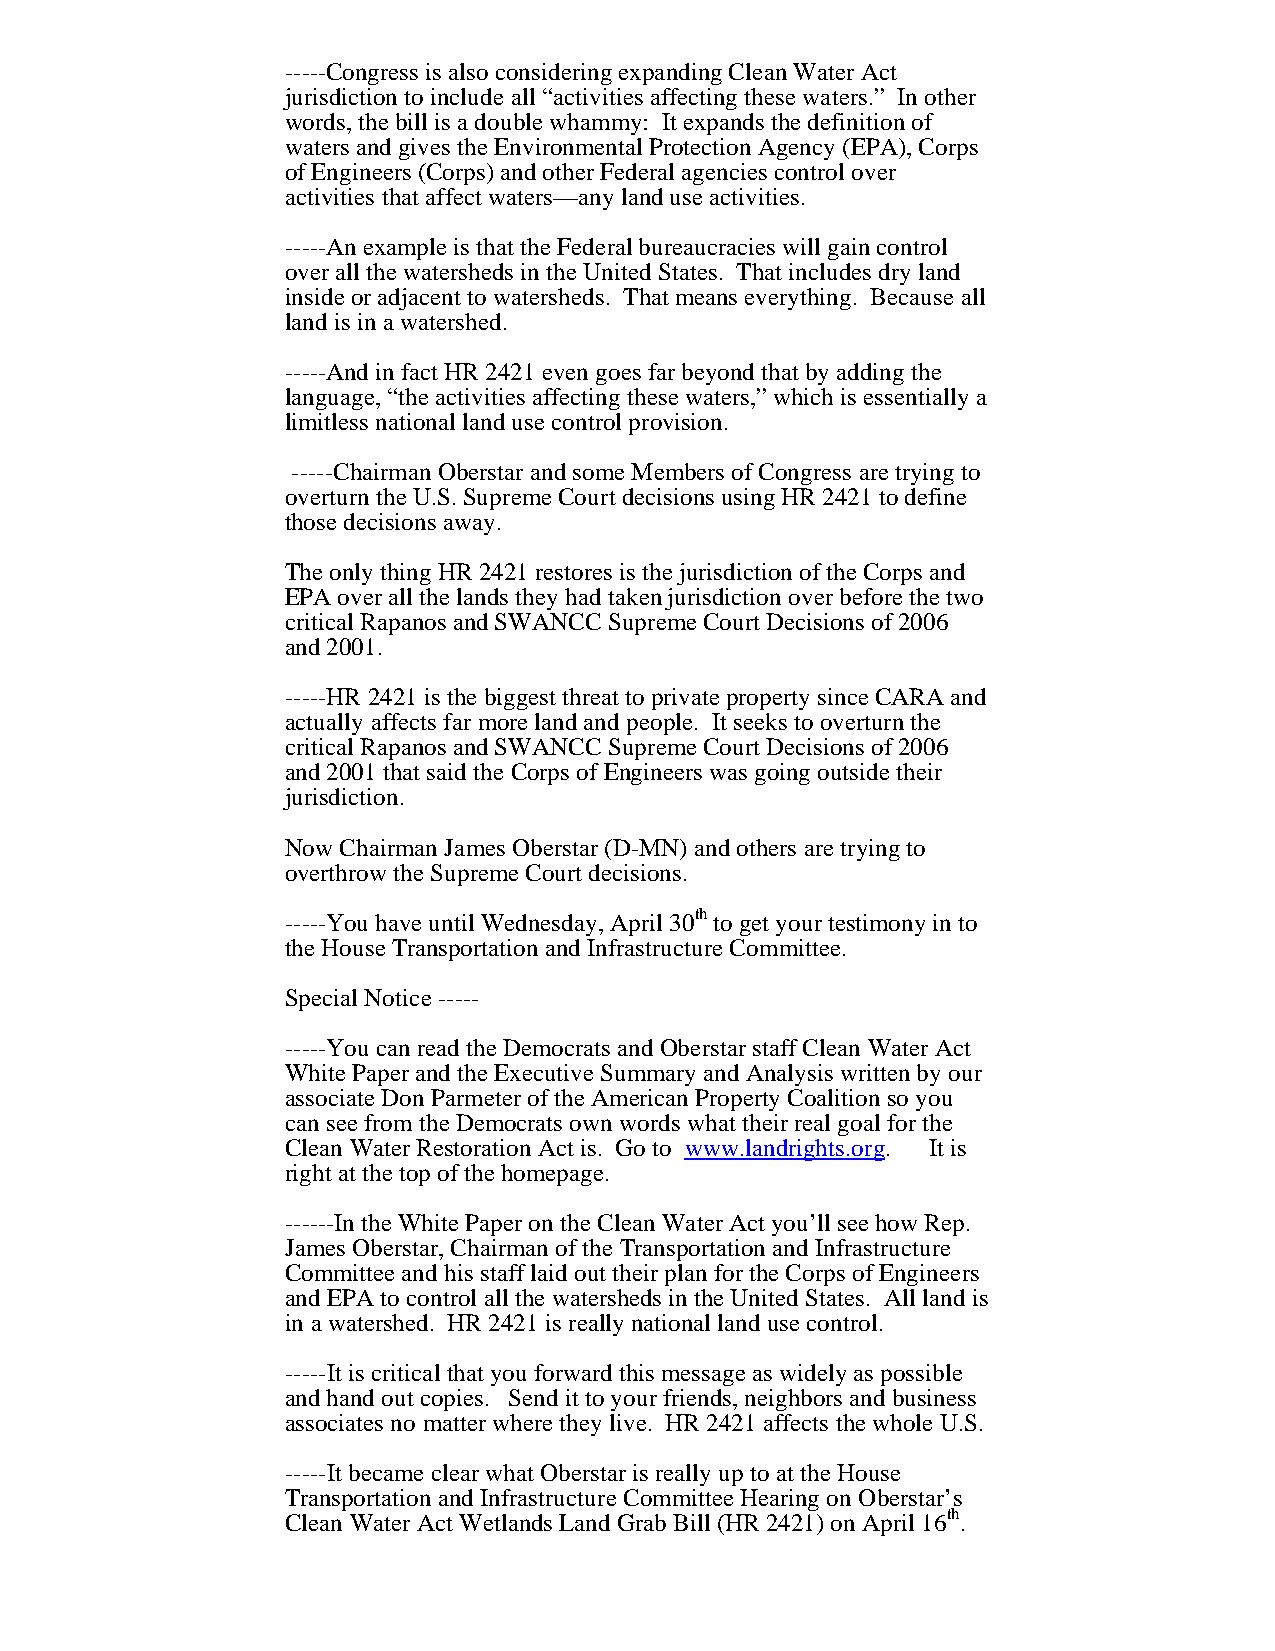
-----Congress is also considering expanding Clean Water Act
 jurisdiction to include all “activities affecting these waters.” In other
 words, the bill is a double whammy: It expands the definition of
 waters and gives the Environmental Protection Agency (EPA), Corps
 of Engineers (Corps) and other Federal agencies control over
 activities that affect waters—any land use activities.
 -----An example is that the Federal bureaucracies will gain control
 over all the watersheds in the United States. That includes dry land
 inside or adjacent to watersheds. That means everything. Because all
 land is in a watershed.
 -----And in fact HR 2421 even goes far beyond that by adding the
 language, “the activities affecting these waters,” which is essentially a
 limitless national land use control provision.
 -----Chairman Oberstar and some Members of Congress are trying to
 overturn the U.S. Supreme Court decisions using HR 2421 to define
 those decisions away.
 The only thing HR 2421 restores is the jurisdiction of the Corps and
 EPA over all the lands they had taken jurisdiction over before the two
 critical Rapanos and SWANCC Supreme Court Decisions of 2006
 and 2001.
 -----HR 2421 is the biggest threat to private property since CARA and
 actually affects far more land and people. It seeks to overturn the
 critical Rapanos and SWANCC Supreme Court Decisions of 2006
 and 2001 that said the Corps of Engineers was going outside their
 jurisdiction.
 Now Chairman James Oberstar (D-MN) and others are trying to
 overthrow the Supreme Court decisions.
 -----You have until Wednesday, April 30th to get your testimony in to
 the House Transportation and Infrastructure Committee.
 Special Notice -----
 -----You can read the Democrats and Oberstar staff Clean Water Act
 White Paper and the Executive Summary and Analysis written by our
 associate Don Parmeter of the American Property Coalition so you
 can see from the Democrats own words what their real goal for the
 Clean Water Restoration Act is. Go to www.landrights.org. It is
 right at the top of the homepage.
 ------In the White Paper on the Clean Water Act you’ll see how Rep.
 James Oberstar, Chairman of the Transportation and Infrastructure
 Committee and his staff laid out their plan for the Corps of Engineers
 and EPA to control all the watersheds in the United States. All land is
 in a watershed. HR 2421 is really national land use control.
 -----It is critical that you forward this message as widely as possible
 and hand out copies. Send it to your friends, neighbors and business
 associates no matter where they live. HR 2421 affects the whole U.S.
 -----It became clear what Oberstar is really up to at the House
 Transportation and Infrastructure Committee Hearing on Oberstar’s
 Clean Water Act Wetlands Land Grab Bill (HR 2421) on April 16th.